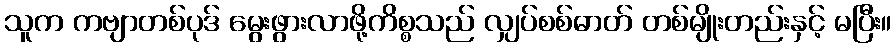
သူက ကဗျာတစ်ပုဒ် မွေးဖွားလာဖို့ကိစ္စသည် လျှပ်စစ်ဓာတ် တစ်မျိုးတည်းနှင့် မပြီး။